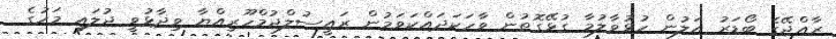
ރާއްޖޭގެ ބޯޑަރު އަލުން ހުޅުވާލުމާ ގުޅޭގޮތުން ވާހަކަދައްކަވަމުން ރައީސުލްޖުމްހޫރިއްޔާ ވިދާޅުވީ ޖުލައި މަހުގެ